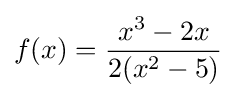
f(x)={\frac {x^{3}-2x}{2(x^{2}-5)}}